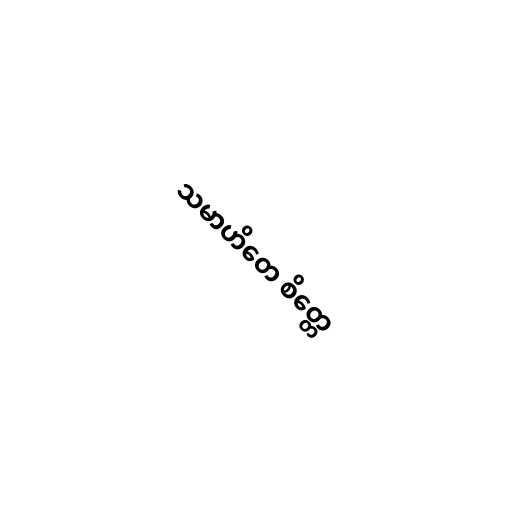
သမာဟိတေ စိတ္တေ